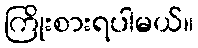
ကြိုးစားရပါမယ်။